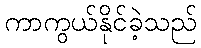
ကာကွယ်နိုင်ခဲ့သည်